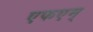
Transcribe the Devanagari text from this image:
एफएम्